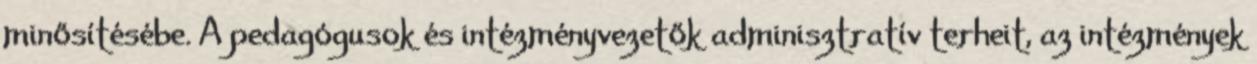
minősítésébe. A pedagógusok és intézményvezetők adminisztratív terheit, az intézmények